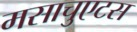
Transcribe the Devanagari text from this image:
मसाचुएटस